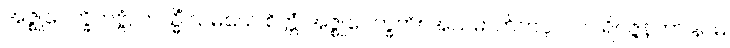
အဇ္ဈုပေက္ခိတဗ္ဗံ, တသ္မိံ သမယေ စိတ္တံ အဇ္ဈုပေက္ခတိ။ အသမာဟိတပုဂ္ဂလပရိဝဇ္ဇနတာ နာမ